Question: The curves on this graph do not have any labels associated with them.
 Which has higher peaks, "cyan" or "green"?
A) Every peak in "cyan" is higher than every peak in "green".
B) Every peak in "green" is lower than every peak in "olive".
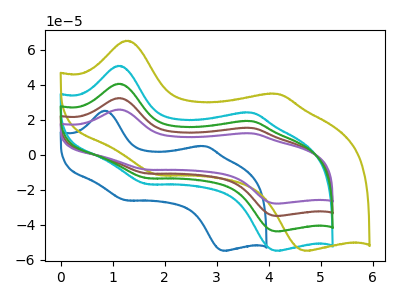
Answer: <think>The blue curve "blue" has anodic peaks at (0.85V, 25.15uA) (2.80V, 4.90uA) and cathodic peaks at (1.25V, -25.95uA) (3.15V, -54.80uA). The cyan curve "cyan" has anodic peaks at (1.10V, 50.85uA) (3.65V, 24.10uA) and cathodic peaks at (1.65V, -16.65uA) (4.15V, -54.80uA). The olive curve "olive" has anodic peaks at (1.25V, 65.15uA) (4.15V, 34.80uA) and cathodic peaks at (1.90V, -11.50uA) (4.70V, -54.80uA). The brown curve "brown" has anodic peaks at (1.10V, 81.15uA) (3.65V, 38.45uA) and cathodic peaks at (1.65V, -26.60uA) (4.15V, -87.50uA). The purple curve "purple" has anodic peaks at (1.10V, 121.75uA) (3.65V, 57.70uA) and cathodic peaks at (1.65V, -39.95uA) (4.15V, -131.25uA). The green curve "green" has anodic peaks at (1.10V, 40.60uA) (3.65V, 19.25uA) and cathodic peaks at (1.65V, -13.30uA) (4.15V, -43.75uA).</think>
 <answer>A) Every peak in "cyan" is higher than every peak in "green".</answer>
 <eval>A</eval>